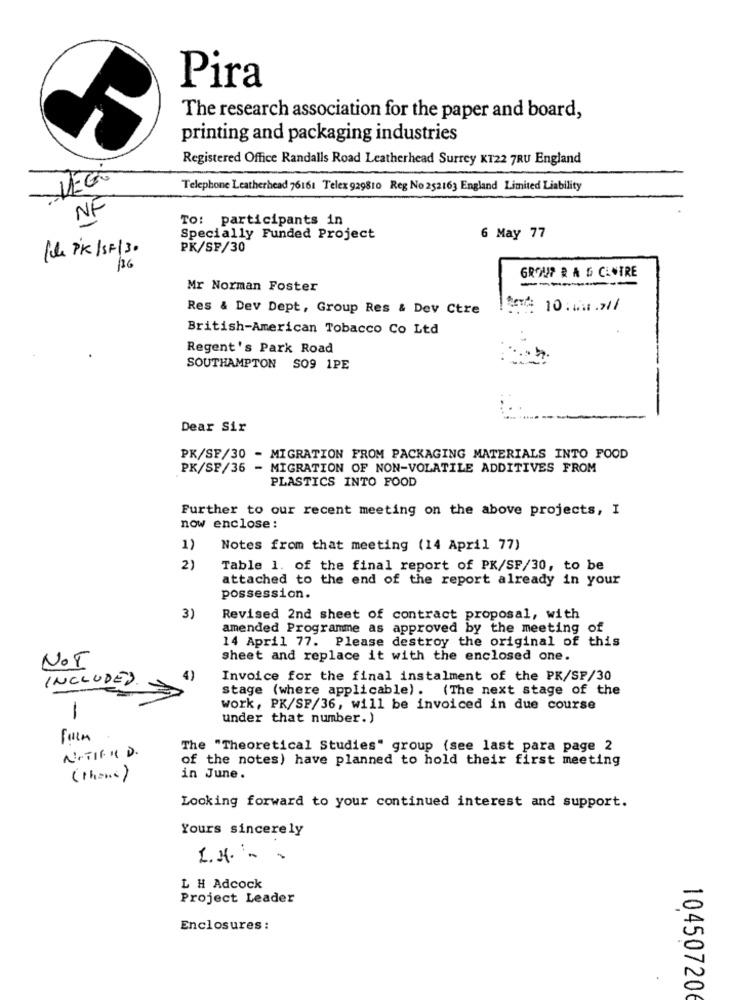
Pira
The research association for the paper and board,
printing and packaging industries
Registered Office Randalls Road Leatherhead Surrey KT22 7RU England
Telephone Leatherhead 76161 Telex 929810 Reg No 252163 England Limited Liability
NF
TO: participants in
Specially Funded Project
6 May 77
(che PK/SF/ 30
PK/SP/30
GROUP R A & CLWIRE
Mr Norman Foster
Res & Dev Dept, Group Res & Dev Ctre
British-American Tobacco Co Ltd
Regent's Park Road
SOUTHAMPTON SO9 1PE
Dear Sir
PK/SF/30 - MIGRATION FROM PACKAGING MATERIALS INTO FOOD
PK/SF/36 - MIGRATION OF NON-VOLATILE ADDITIVES FROM
PLASTICS INTO FOOD
Further to our recent meeting on the above projects, I
now enclose:
1)
Notes from that meeting (14 April 77)
2)
Table 1. of the final report of PK/SF/30, to be
attached to the end of the report already in your
possession.
3)
Revised 2nd sheet of contract proposal, with
amended Programme as approved by the meeting of
14 April 77. Please destroy the original of this
sheet and replace it with the enclosed one.
NOT
INCLUDED
4)
Invoice for the final instalment of the PK/SP/30
stage (where applicable). (The next stage of the
1
work, PK/SP/36, will be invoiced in due course
under that number. )
form
NoTify D.
The "Theoretical Studies" group (see last para page 2
of the notes) have planned to hold their first meeting
(thoms)
in June.
Looking forward to your continued interest and support.
Yours sincerely
I.H. . .
L H Adcock
Project Leader
Enclosures:
10450720